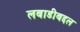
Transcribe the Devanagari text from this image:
लबाडीबद्दल